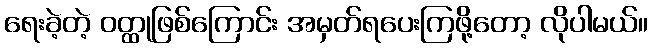
ရေးခဲ့တဲ့ ဝတ္ထုဖြစ်ကြောင်း အမှတ်ရပေးကြဖို့တော့ လိုပါမယ်။